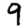
Digit: 9